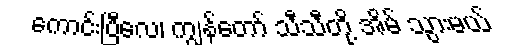
ကောင်းပြီလေ၊ ကျွန်တော် သီသီတို့ အိမ် သွားမယ်